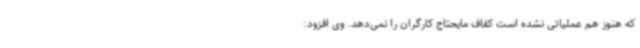
که هنوز هم عملیاتی نشده است کفاف مایحتاج کارگران را نمی‌دهد. وی افزود: